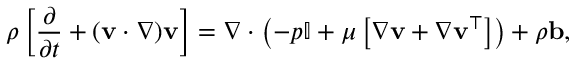
\rho \left[ \frac { \partial \v } { \partial t } + ( \mathbf { v } \cdot \nabla ) \mathbf { v } \right] = \nabla \cdot \left( - p \mathbb { I } + \mu \left[ \nabla \mathbf { v } + \nabla \mathbf { v } ^ { \top } \right] \right) + \rho \mathbf { b } ,